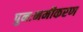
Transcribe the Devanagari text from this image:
पुनःनमीकरण